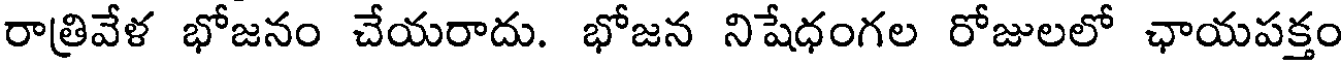
రాత్రివేళ భోజనం చేయరాదు. భోజన నిషేధంగల రోజులలో ఛాయపక్తం